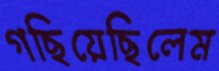
গছিয়েছিলেম